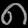
Digit: ၈